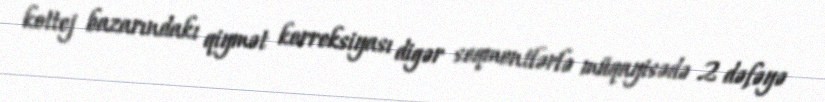
kottej bazarındakı qiymət korreksiyası digər seqmentlərlə müqayisədə 2 dəfəyə